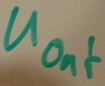
Text: UOut